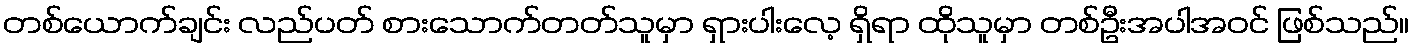
တစ်ယောက်ချင်း လည်ပတ် စားသောက်တတ်သူမှာ ရှားပါးလေ့ ရှိရာ ထိုသူမှာ တစ်ဦးအပါအဝင် ဖြစ်သည်။